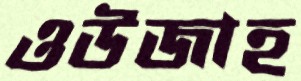
ওউজাহ